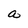
Character: a